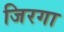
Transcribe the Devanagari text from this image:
जिरगा